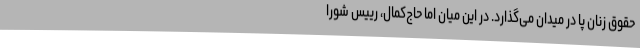
حقوق زنان پا در میدان می‌گذارد. در این میان اما حاج‌کمال، رییس شورا